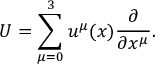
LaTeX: U = \sum _ { \mu = 0 } ^ { 3 } u ^ { \mu } ( x ) \frac { \partial } { \partial x ^ { \mu } } .